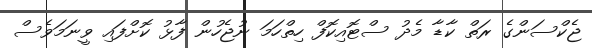
ޖެކްސަންގެ ރަތް ކާޑާ މެދު ސްޓޮއިކޮފް ހިތްހަމަ ނުޖެހުން ފާޅު ކޮށްފައި ވީނަމަވެސް